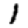
Digit: 1